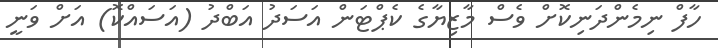
ހާފް ނިމެންދަނިކޮށް ވެސް މާޒިޔާގެ ކެޕްޓަން އަސަދު އަބްދު (އަސައްކޮ) އަށް ވަނީ